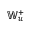
\mathbb { W } _ { u } ^ { + }